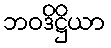
ဘဝဒိဋ္ဌိယာ